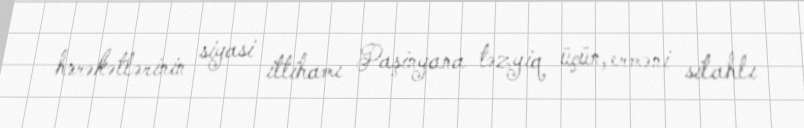
hərəkətlərinin siyasi ittihamı Paşinyana təzyiq üçün, erməni silahlı